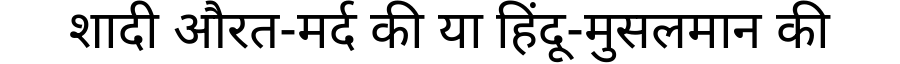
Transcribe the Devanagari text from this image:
शादी औरत-मर्द की या हिंदू-मुसलमान की